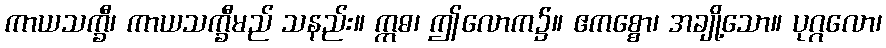
ကာယသက္ခီ၊ ကာယသက္ခီမည် သနည်း။ ဣဓ၊ ဤလောက၌။ ဧကစ္စော၊ အချို့သော။ ပုဂ္ဂလော၊